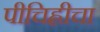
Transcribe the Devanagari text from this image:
पीचिह्लीचा